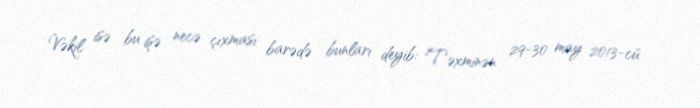
Vəkil isə bu işə necə çıxması barədə bunları deyib: "Təxminən 29-30 may 2013-cü